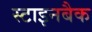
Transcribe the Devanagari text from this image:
स्टाइनबैक